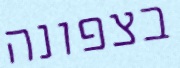
בצפונה